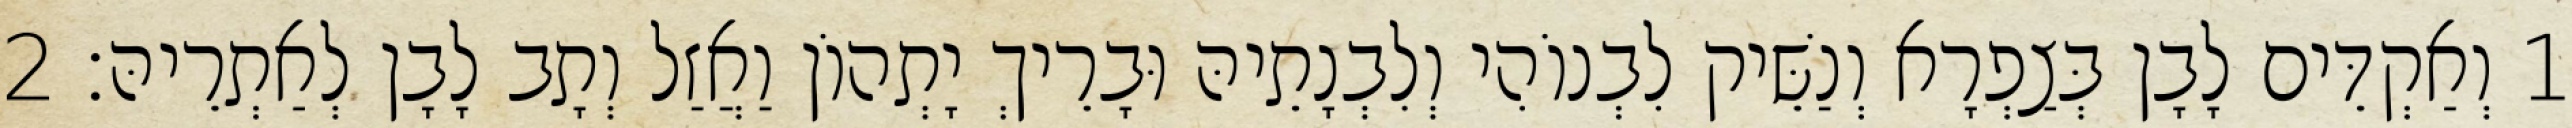
1 וְאַקְדֵּים לָבָן בְּצַפְרָא וְנַשֵּׁיק לִבְנוֹהִי וְלִבְנָתֵיהּ וּבָרֵיךְ יָתְהוֹן וַאֲזַל וְתָב לָבָן לְאַתְרֵיהּ׃ 2